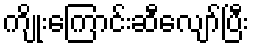
ကျိုးကြောင်းဆီလျော်ပြီး